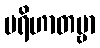
ပရိဟာတဗ္ဗာ